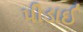
પીડાઈ